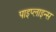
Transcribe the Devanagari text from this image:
पाइप्लाइन्स